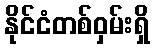
နိုင်ငံတစ်ဝှမ်းရှိ